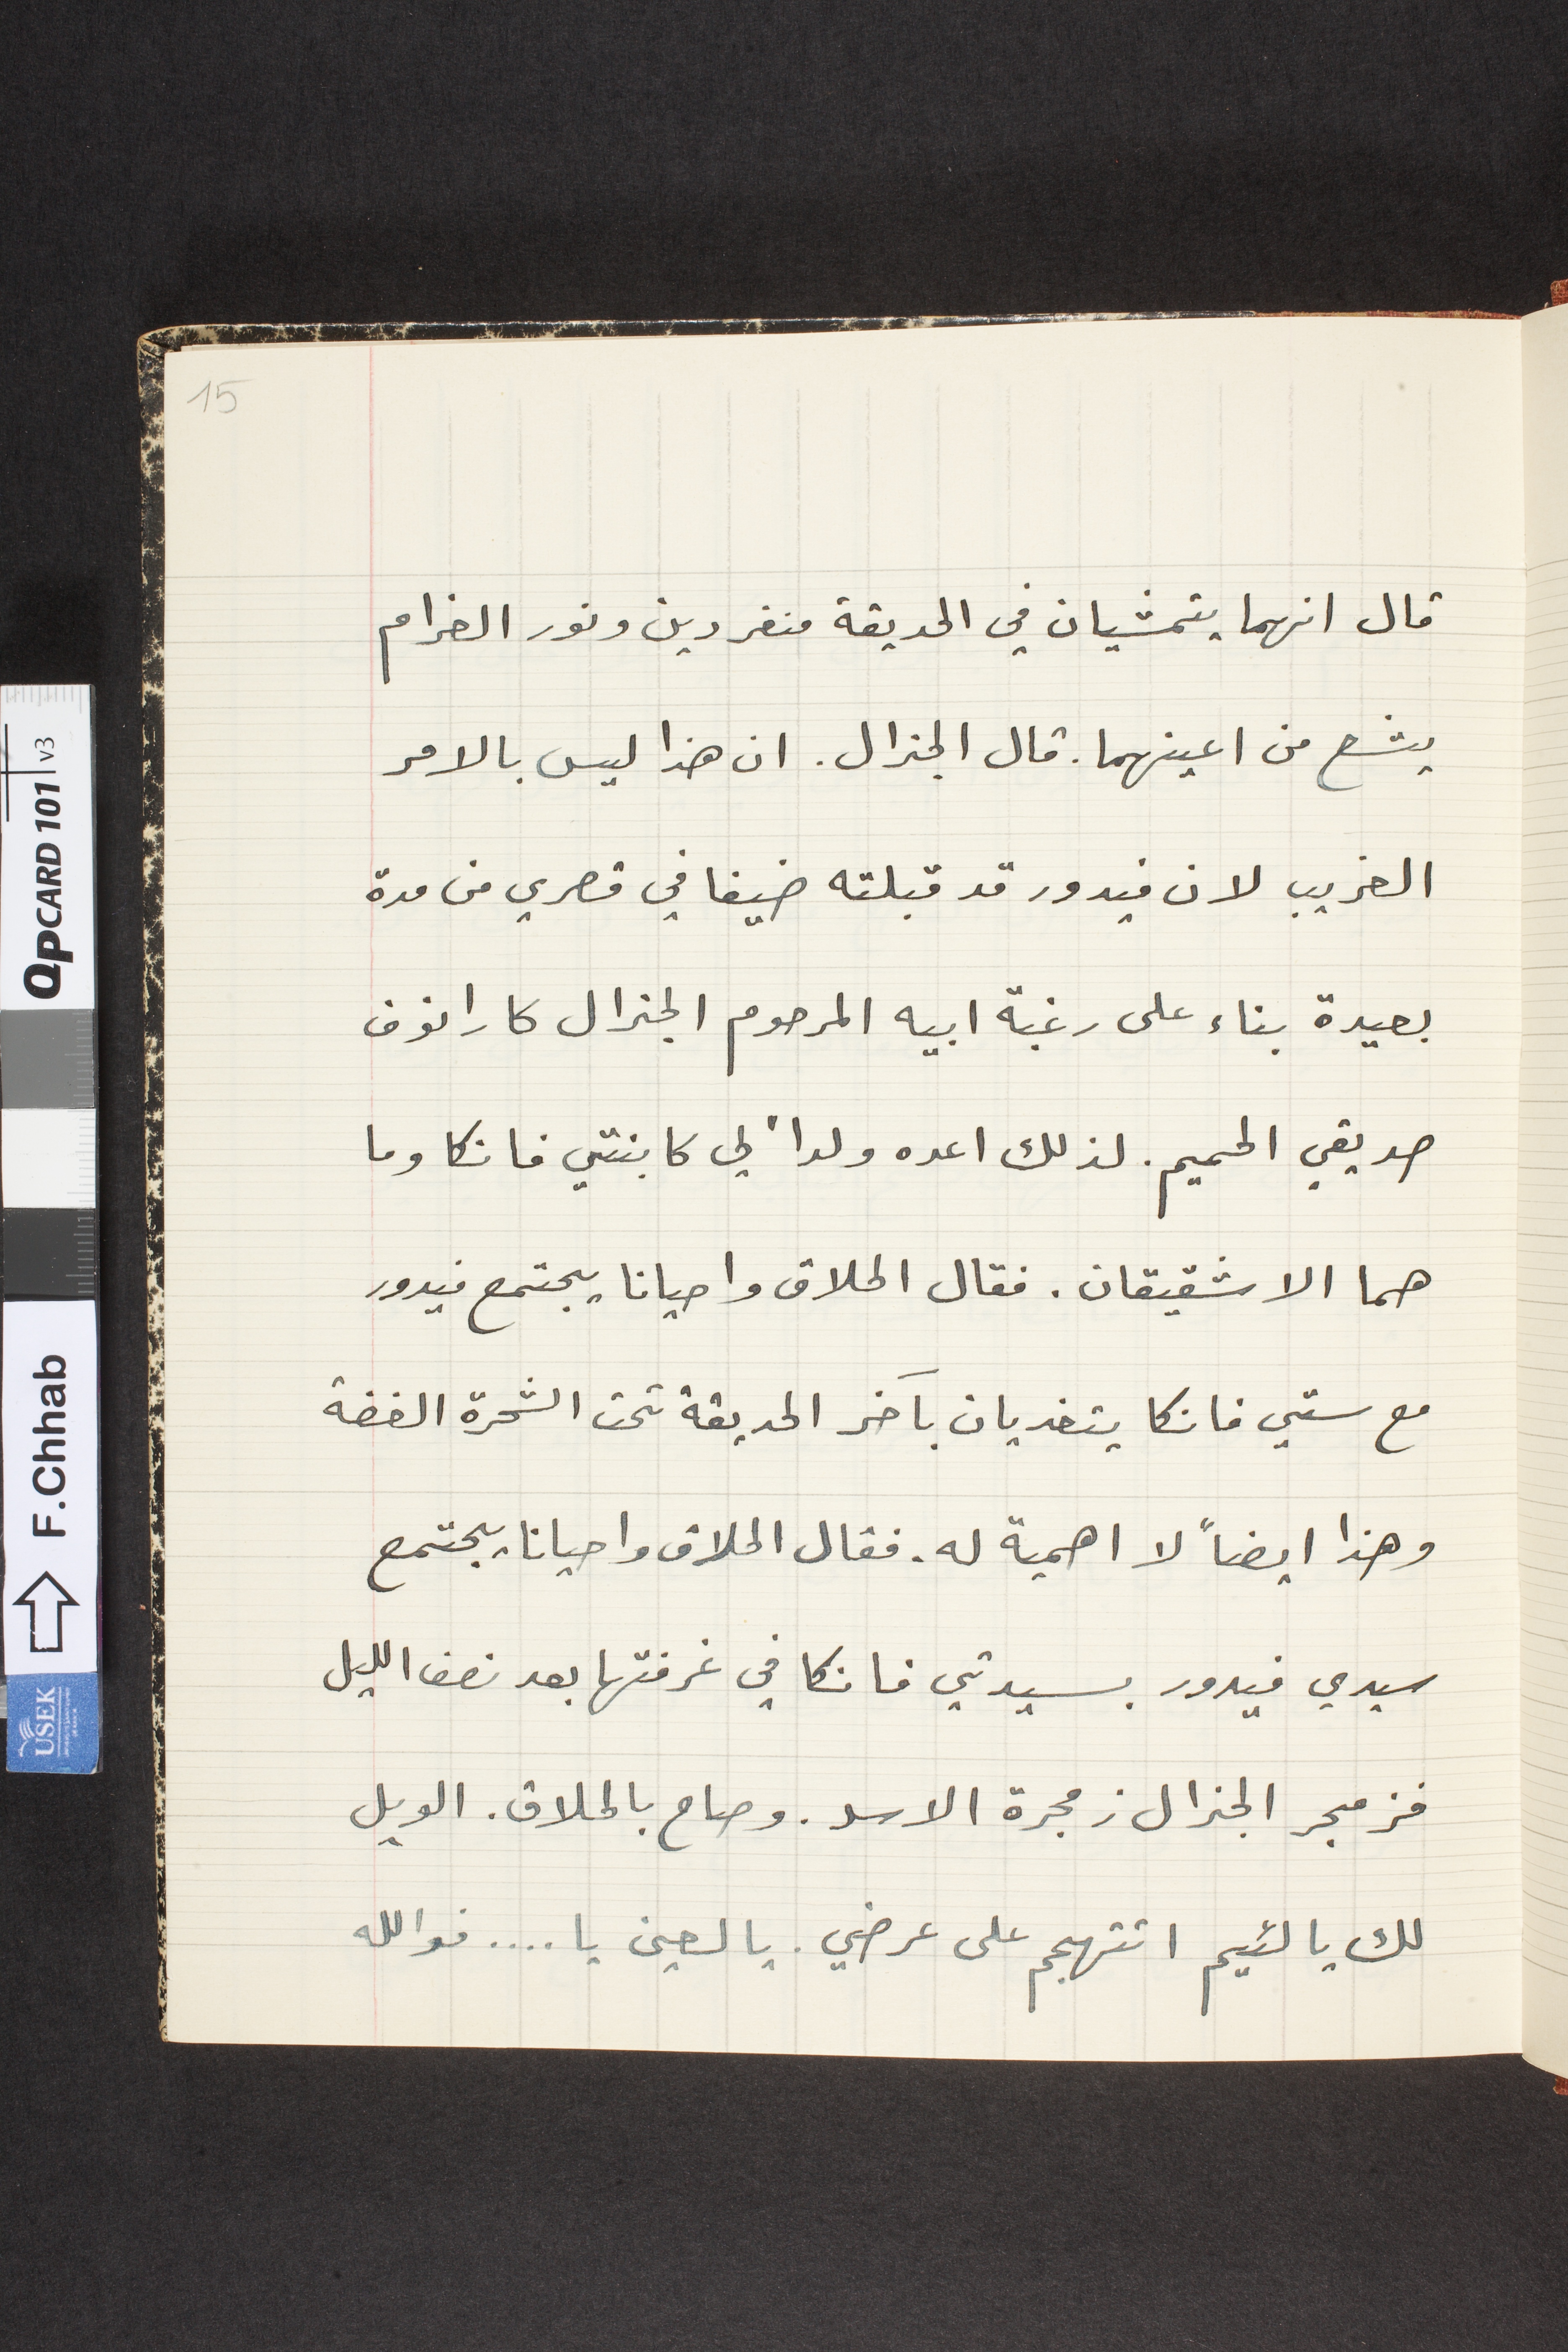
قال انهما يتمشيان في الحديقة منفردين ونور الغرام
يشع من اعينهما. قال الجنرال. ان هذا ليس بالامر
الغريب لان فيدور قد قبلته ضيفا في قصري من مدة
بعيدة بناء على رغبة ابيه المرحوم الجنرال كارانوف
صديقي الحميم . لذلك اعده ولداً لي كابنتي فانكا وما
هما الا شقيقان. فقال الحلاق واحيانا يجتمع فيدور
مع ستي فانكا يتغديان بأخر الحديقة تحت الشحرة الغضة
وهذا ايضاً لا اهمية له. فقال الحلاق واحياناً يجتمع
سيدي فيدور بسيدتي فانكا في غرفتها بعد نصف الليل
فزمجر الجنرال زمجرة الاسد. وصاح بالحلاق. الويل
لك يا لئيم اتتهجم على عرضي. يا لعين يا... فوالله